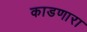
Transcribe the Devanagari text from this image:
काडणारा